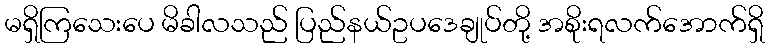
မရှိကြသေးပေ မိခါလသည် ပြည်နယ်ဥပဒေချုပ်တို့ အစိုးရလက်အောက်ရှိ